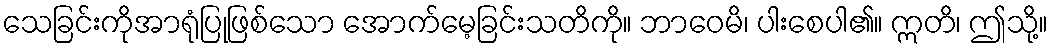
သေခြင်းကိုအာရုံပြုဖြစ်သော အောက်မေ့ခြင်းသတိကို။ ဘာဝေမိ၊ ပါးစေပါ၏။ ဣတိ၊ ဤသို့။